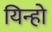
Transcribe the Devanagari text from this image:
यिन्हो